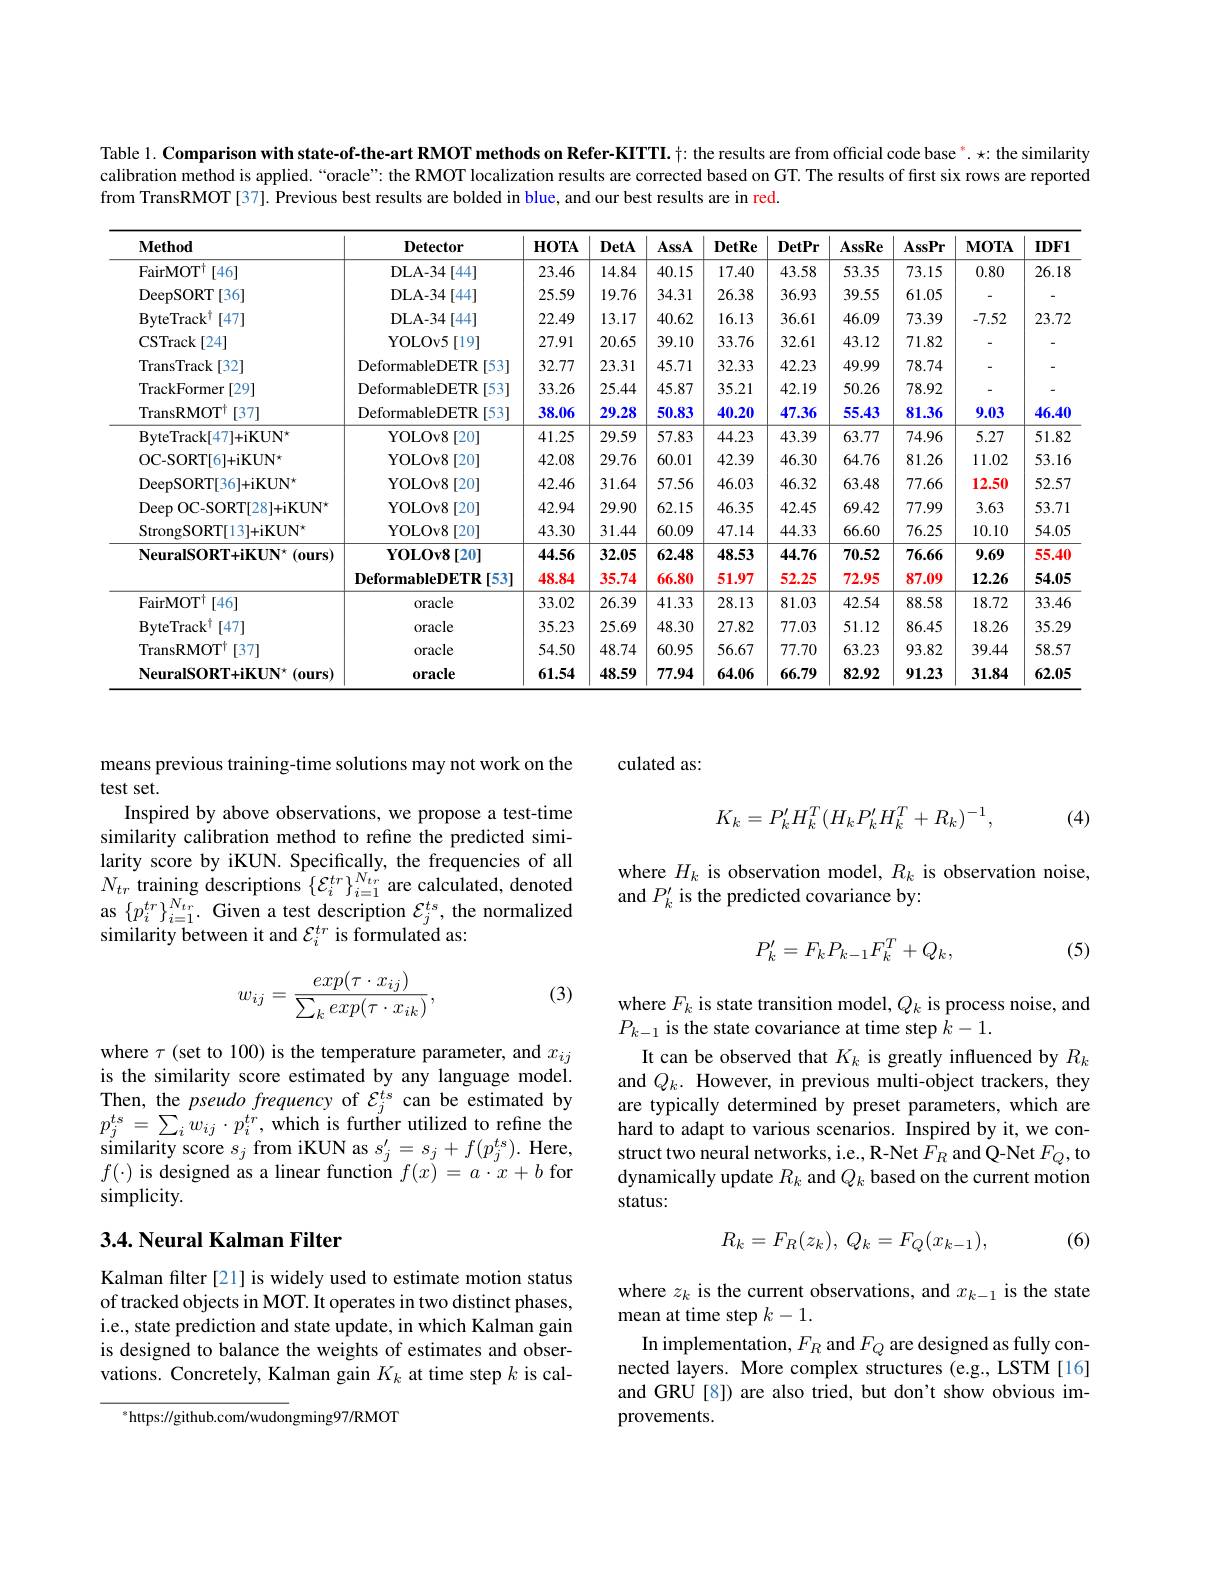
Table 1. Comparison with state-of-the-art RMOT methods on Refer-KITTI. $\dagger:$ the results are from official code base $^*.\star{:}$ the similarity calibration method is applied.“oracle”: the RMOT localization results are corrected based on GT. The results of first six rows are reported from TransRMOT [37]. Previous best results are bolded in blue, and our best results are in red.

<table>
	<tbody>
		<tr>
			<th>$\mathbf{Method}$</th>
			<th>Detector</th>
			<th>$\mathbf{HOTA}$</th>
			<th>DetA</th>
			<th>AssA</th>
			<th>$\mathbf{DetRe}$</th>
			<th>DetPr</th>
			<th>AssRe</th>
			<th>AssPr</th>
			<th>$\mathbf{MOTA}$</th>
			<th>$IDF1$</th>
		</tr>
		<tr>
			<td>FairMOT$^{\dagger}$ [46]</td>
			<td>DLA- 34$\left [ 44\right ]$</td>
			<td>23.46</td>
			<td>14.84</td>
			<td>40.15</td>
			<td>17.40</td>
			<td>43.58</td>
			<td>53.35</td>
			<td>73.15</td>
			<td>0.80</td>
			<td>26.18</td>
		</tr>
		<tr>
			<td>DeepSORT[36]</td>
			<td>DLA- 34$\left [ 44\right ]$</td>
			<td>25.59</td>
			<td>19.76</td>
			<td>34.31</td>
			<td>26.38</td>
			<td>36.93</td>
			<td>39.55</td>
			<td>61.05</td>
			<td> </td>
			<td> </td>
		</tr>
		<tr>
			<td>$\mathrm{ByteTrack}^{\dagger}$ [47]</td>
			<td>DLA- 34$\left [ 44\right ]$</td>
			<td>22.49</td>
			<td>13.17</td>
			<td>40.62</td>
			<td>16.13</td>
			<td>36.61</td>
			<td>46.09</td>
			<td>73.39</td>
			<td>-7.52</td>
			<td>23.72</td>
		</tr>
		<tr>
			<td>$\operatorname{CSTrack}[24]$</td>
			<td>YOLOv5[19]</td>
			<td>27.91</td>
			<td>20.65</td>
			<td>39.10</td>
			<td>33.76</td>
			<td>32.61</td>
			<td>43.12</td>
			<td>71.82</td>
			<td> </td>
			<td>-</td>
		</tr>
		<tr>
			<td>TransTrack[32]</td>
			<td>DeformableDETR[53]</td>
			<td>32.77</td>
			<td>23.31</td>
			<td>45.71</td>
			<td>32.33</td>
			<td>42.23</td>
			<td>49.99</td>
			<td>78.74</td>
			<td> </td>
			<td>-</td>
		</tr>
		<tr>
			<td>TrackFormer [29]</td>
			<td>DeformableDETR[53]</td>
			<td>33.26</td>
			<td>25.44</td>
			<td>45.87</td>
			<td>35.21</td>
			<td>42.19</td>
			<td>50.26</td>
			<td>78.92</td>
			<td> </td>
			<td>-</td>
		</tr>
		<tr>
			<td>TransRMOT$^{\dagger}$ [37]</td>
			<td>DeformableDETR[53]</td>
			<td>38.06</td>
			<td>29.28</td>
			<td>50.83</td>
			<td>40.20</td>
			<td>47.36</td>
			<td>55.43</td>
			<td>81.36</td>
			<td>9.03</td>
			<td>46.40</td>
		</tr>
		<tr>
			<td>ByteTrack[ 47] + iKU$N^{\star }$</td>
			<td>YOLOv8[20]</td>
			<td>41.25</td>
			<td>29.59</td>
			<td>57.83</td>
			<td>44.23</td>
			<td>43.39</td>
			<td>63.77</td>
			<td>74.96</td>
			<td>5.27</td>
			<td>51.82</td>
		</tr>
		<tr>
			<td>OC- SORT[ 6] + iKU$N^{\star }$</td>
			<td>YOLOv8[20]</td>
			<td>42.08</td>
			<td>29.76</td>
			<td>60.01</td>
			<td>42.39</td>
			<td>46.30</td>
			<td>64.76</td>
			<td>81.26</td>
			<td>11.02</td>
			<td>53.16</td>
		</tr>
		<tr>
			<td>DeepSORT| 36| + iKU$N^{\star }$</td>
			<td>YOLOv8[20]</td>
			<td>42.46</td>
			<td>31.64</td>
			<td>57.56</td>
			<td>46.03</td>
			<td>46.32</td>
			<td>63.48</td>
			<td>77.66</td>
			<td>12.50</td>
			<td>52.57</td>
		</tr>
		<tr>
			<td>Deep OC- SORT[ 28] + iKU$N^{\star }$</td>
			<td>YOLOv8[20]</td>
			<td>42.94</td>
			<td>29.90</td>
			<td>62.15</td>
			<td>46.35</td>
			<td>42.45</td>
			<td>69.42</td>
			<td>77.99</td>
			<td>3.63</td>
			<td>53.71</td>
		</tr>
		<tr>
			<td>$StrongSORT[13]+iKUN^{\star}$</td>
			<td>YOLOv8[20]</td>
			<td>43.30</td>
			<td>31.44</td>
			<td>60.09</td>
			<td>47.14</td>
			<td>44.33</td>
			<td>66.60</td>
			<td>76.25</td>
			<td>10.10</td>
			<td>54.05</td>
		</tr>
		<tr>
			<td rowspan="2">$\mathbf{NeuralSORT+iKUN}^{\star}$(ours)</td>
			<td>${\mathbf{YOLOv8}}[20]$</td>
			<td>44.56</td>
			<td>32.05</td>
			<td>62.48</td>
			<td>48.53</td>
			<td>44.76</td>
			<td>70.52</td>
			<td>76.66</td>
			<td>9.69</td>
			<td>55.40</td>
		</tr>
		<tr>
			<td>$\mathbf{DeformableDETR}[53]$</td>
			<td>48.84</td>
			<td>35.74</td>
			<td>66.80</td>
			<td>51.97</td>
			<td>52.25</td>
			<td>72.95</td>
			<td>87.09</td>
			<td>12.26</td>
			<td>54.05</td>
		</tr>
		<tr>
			<td>FairMO$T^{\dagger }$ [46]</td>
			<td>oracle</td>
			<td>33.02</td>
			<td>26.39</td>
			<td>41.33</td>
			<td>28.13</td>
			<td>81.03</td>
			<td>42.54</td>
			<td>88.58</td>
			<td>18.72</td>
			<td>33.46</td>
		</tr>
		<tr>
			<td>$\mathrm{ByteTrack}^{\dagger}$ [47]</td>
			<td>oracle</td>
			<td>35.23</td>
			<td>25.69</td>
			<td>48.30</td>
			<td>27.82</td>
			<td>77.03</td>
			<td>51.12</td>
			<td>86.45</td>
			<td>18.26</td>
			<td>35.29</td>
		</tr>
		<tr>
			<td>TransRMOT$^{\dagger}$ [37]</td>
			<td>oracle</td>
			<td>54.50</td>
			<td>48.74</td>
			<td>60.95</td>
			<td>56.67</td>
			<td>77.70</td>
			<td>63.23</td>
			<td>93.82</td>
			<td>39.44</td>
			<td>58.57</td>
		</tr>
		<tr>
			<td>$\mathbf{NeuralSORT+iKUN}^{\star}$(ours)</td>
			<td>$0\textbf{racle}$</td>
			<td>61.54</td>
			<td>48.59</td>
			<td>77.94</td>
			<td>64.06</td>
			<td>66.79</td>
			<td>82.92</td>
			<td>91.23</td>
			<td>31.84</td>
			<td>62.05</td>
		</tr>
	</tbody>
</table>

means previous training-time solutions may not work on the
test set.
Inspired by above observations, we propose a test-time similarity calibration method to refine the predicted similarity score by iKUN. Specifically, the frequencies of all $N_{tr}$ training descriptions $\left\{\mathcal{E}_i^{tr}\right\}_{i=1}^{N_{tr}}$ are calculated, denoted as $\{p_{i}^{tr}\}_{i=1}^{N_{tr}}.$ Given a test description $\mathcal{E}_j^{ts}$, the normalized similarity between it and $\mathcal{E}_i^{tr}$ is formulated as:
$$w_{ij}=\frac{exp(\tau\cdot x_{ij})}{\sum_{k}exp(\tau\cdot x_{ik})},$$
(3)

where $\tau$ (set to 100) is the temperature parameter, and $x_ij$ is the similarity score estimated by any language model. $\begin{array}{l}{\mathrm{Then,~the~}pseudo~frequency~of~\mathcal{E}_{j}^{ts}~can~be~estimated~by}\\{p_{j}^{ts}=\sum_{i}w_{ij}\cdot p_{i}^{tr},~\mathrm{which~is~further~utilized~to~refine~the}}\end{array}$ $\begin{array}{c}{\text{similarity score }s_{j}}\end{array}$from iKUN as $s_j^\prime=s_j+f(p_j^{ts}).$ Here, $f(\cdot)$ is designed as a linear function $f(x)=a\cdot x+b$ for simplicity.

### 3.4. Neural Kalman Filter

Kalman filter [21] is widely used to estimate motion status of tracked objects in MOT. It operates in two distinct phases, i.e., state prediction and state update, in which Kalman gain is designed to balance the weights of estimates and observations. Concretely, Kalman gain $K_k$ at time step $k$ is cal-

$^{*}$https://github.com/wudongming97/RMOT

culated as:
$$K_{k}=P_{k}'H_{k}^{T}(H_{k}P_{k}'H_{k}^{T}+R_{k})^{-1},$$
(4)

where $H_k$ is observation model, $R_k$ is observation noise,
and $P_k^{\prime}$ is the predicted covariance by:
$$P_k'=F_kP_{k-1}F_k^T+Q_k,$$
(5)

where $F_k$ is state transition model, $Q_k$ is process noise, and
$P_{k-1}$ is the state covariance at time step $k-1.$
It can be observed that $K_k$ is greatly influenced by $R_k$ and $Q_k.$ However, in previous multi-object trackers, they are typically determined by preset parameters, which are hard to adapt to various scenarios. Inspired by it, we construct two neural networks, i.e., R-Net $F_{R}$ and Q-Net $F_{Q}$,to dynamically update $R_k$ and $Q_k$ based on the current motion status:
$$R_k=F_R(z_k),\:Q_k=F_Q(x_{k-1}),$$
(6)

where $z_k$ is the current observations, and $x_k-1$ is the state
mean at time step $k-1.$
In implementation, $F_R$ and $F_Q$ are designed as fully connected layers. More complex structures (e.g., LSTM [16] and GRU [8]) are also tried, but don't show obvious improvements.